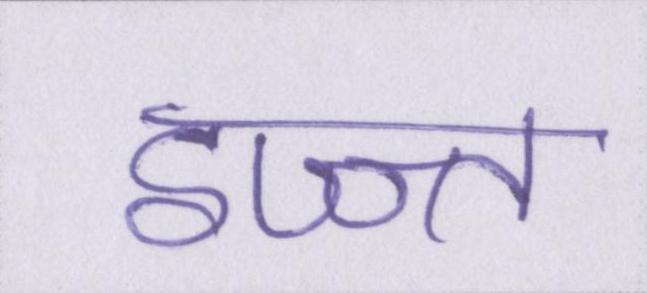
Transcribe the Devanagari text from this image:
इज्ज्त